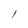
Character: l